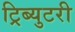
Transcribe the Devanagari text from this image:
ट्रिब्युटरी